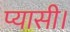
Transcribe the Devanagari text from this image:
प्यासी।